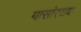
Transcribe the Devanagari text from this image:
यासांरख्या